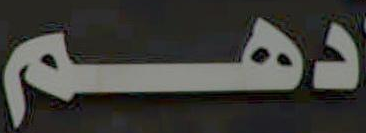
دهم